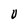
Character: V